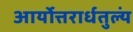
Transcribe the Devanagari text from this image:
आर्योत्तरार्धतुल्यं